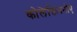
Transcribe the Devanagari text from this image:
कोलेक्तिवनोए